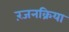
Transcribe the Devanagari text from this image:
रंजनक्रिया